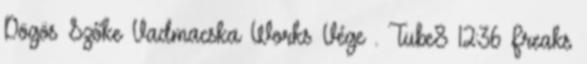
Dögös Szőke Vadmacska Works Vége . Tube8 12:36 Freaks